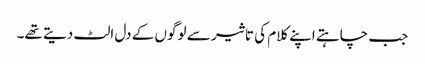
جب چاہتے اپنے کلام کی تاثیر سے لوگوں کے دل الٹ دیتے تھے۔